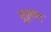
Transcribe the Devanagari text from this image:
मुत्तुकल्